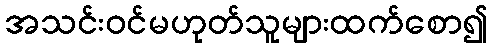
အသင်းဝင်မဟုတ်သူများထက်စော၍